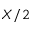
X / 2